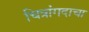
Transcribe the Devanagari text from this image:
चित्रांगदाचा